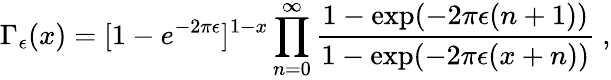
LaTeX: \Gamma_{\epsilon}(x)=[1-e^{-2\pi\epsilon}]^{1-x}\prod_{n=0}^{\infty}{\frac{1-\exp(-2\pi\epsilon(n+1))}{1-\exp(-2\pi\epsilon(x+n))}}\ ,